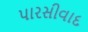
પારસીવાદ